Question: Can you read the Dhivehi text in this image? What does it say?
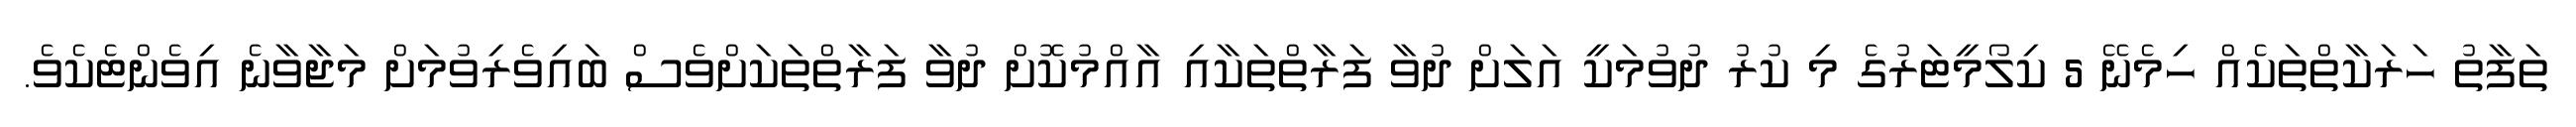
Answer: ތަފާތު ހަރަކާތްތަކެއް ހިމެނޭ 5 ކިލޯމީޓަރުގެ މި ކުރު ދުވުމަކީ އަލަށް ދުވާ ފަރާތްތަކާއި އާއްމުކޮށް ދުވާ ފަރާތްތަކަށްވެސް ބައިވެރިވުމަށް މަޖާވާނެ އިވެންޓެކެވެ.